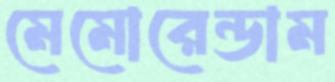
মেমোরেন্ডাম